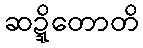
ဆဍ္ဍိတောတိ